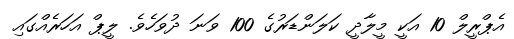
އެޕްރީލް 10 އަކީ މީލާދީ ކަލަންޑަރުގެ 100 ވަނަ ދުވަހެވެ. ލީޕް އަހަރެއްގައި